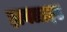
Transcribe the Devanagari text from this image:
हायलाइट